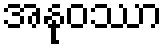
အနုဝဿာ